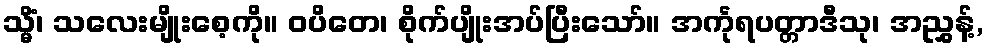
သ္မိံ၊ သလေးမျိုးစေ့ကို။ ဝပိတေ၊ စိုက်ပျိုးအပ်ပြီးသော်။ အင်္ကုရပတ္တာဒီသု၊ အညွှန့်,